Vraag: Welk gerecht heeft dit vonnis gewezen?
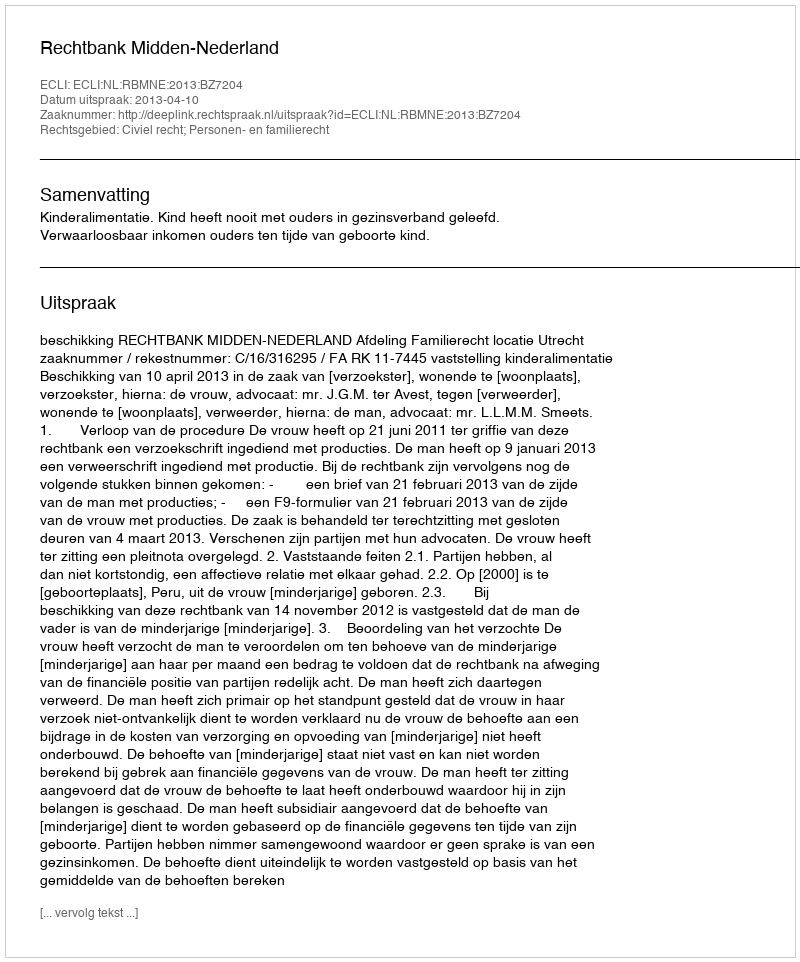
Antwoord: Rechtbank Midden-Nederland